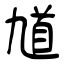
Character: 馗